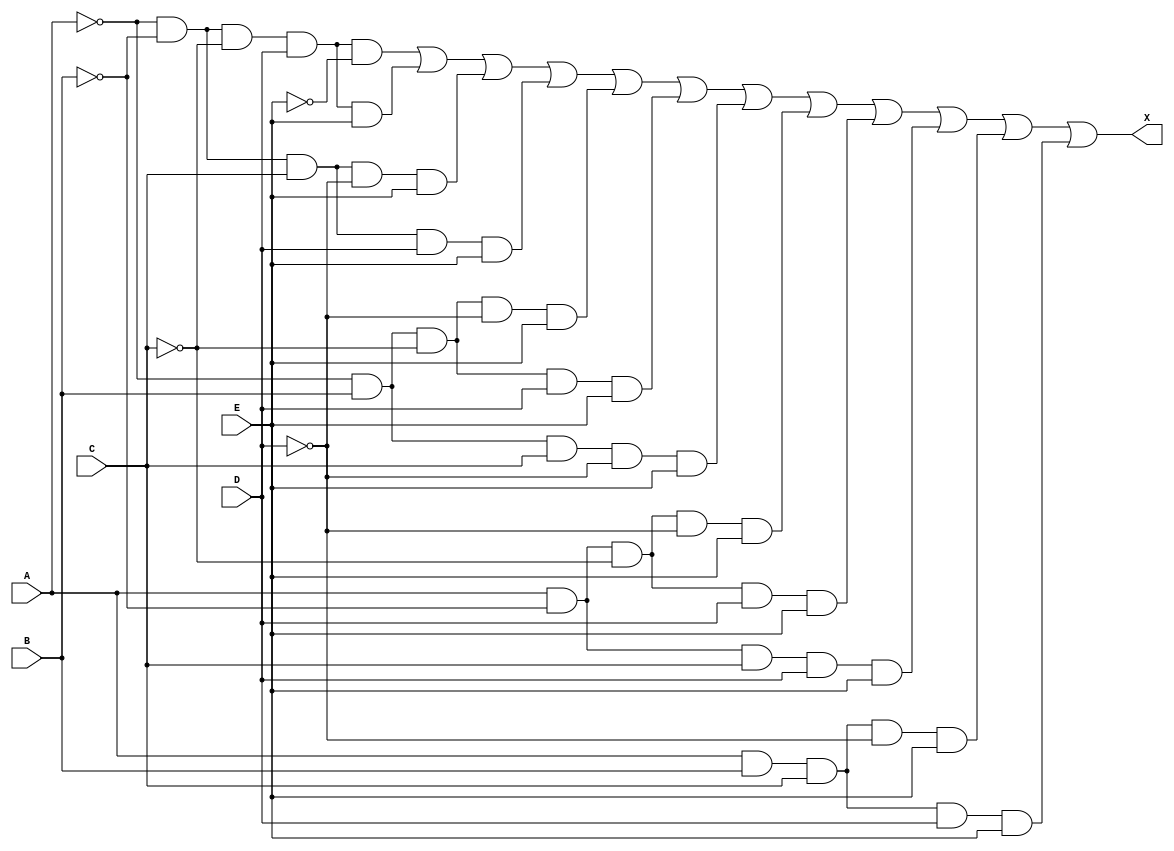
module Problem4_2(
    input A,
    input B,
    input C,
    input D,
    input E,
    output X
    );
    assign X = (~A & ~B & ~C & D & ~E) | (~A & ~B & ~C & D & E) | (~A & ~B & C & ~D & E) | (~A & ~B & C & D & E) | (~A & B & ~C & ~D & E) | (~A & B & ~C & D & E) | (~A & B & C & ~D & E) | (A & ~B & ~C & ~D & E) |(A & ~B & ~C & D & E) | (A & ~B & C & D & E) | (A & B & C & ~D & E) | (A & B & C & D & E);
endmodule